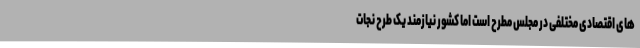
های اقتصادی مختلفی در مجلس مطرح است اما کشور نیازمند یک طرح نجات